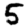
Digit: 5